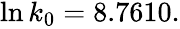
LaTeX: \begin{array}{r}{\ln k_{0}=8.7610.}\end{array}